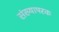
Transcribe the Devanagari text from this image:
संख्यापरक